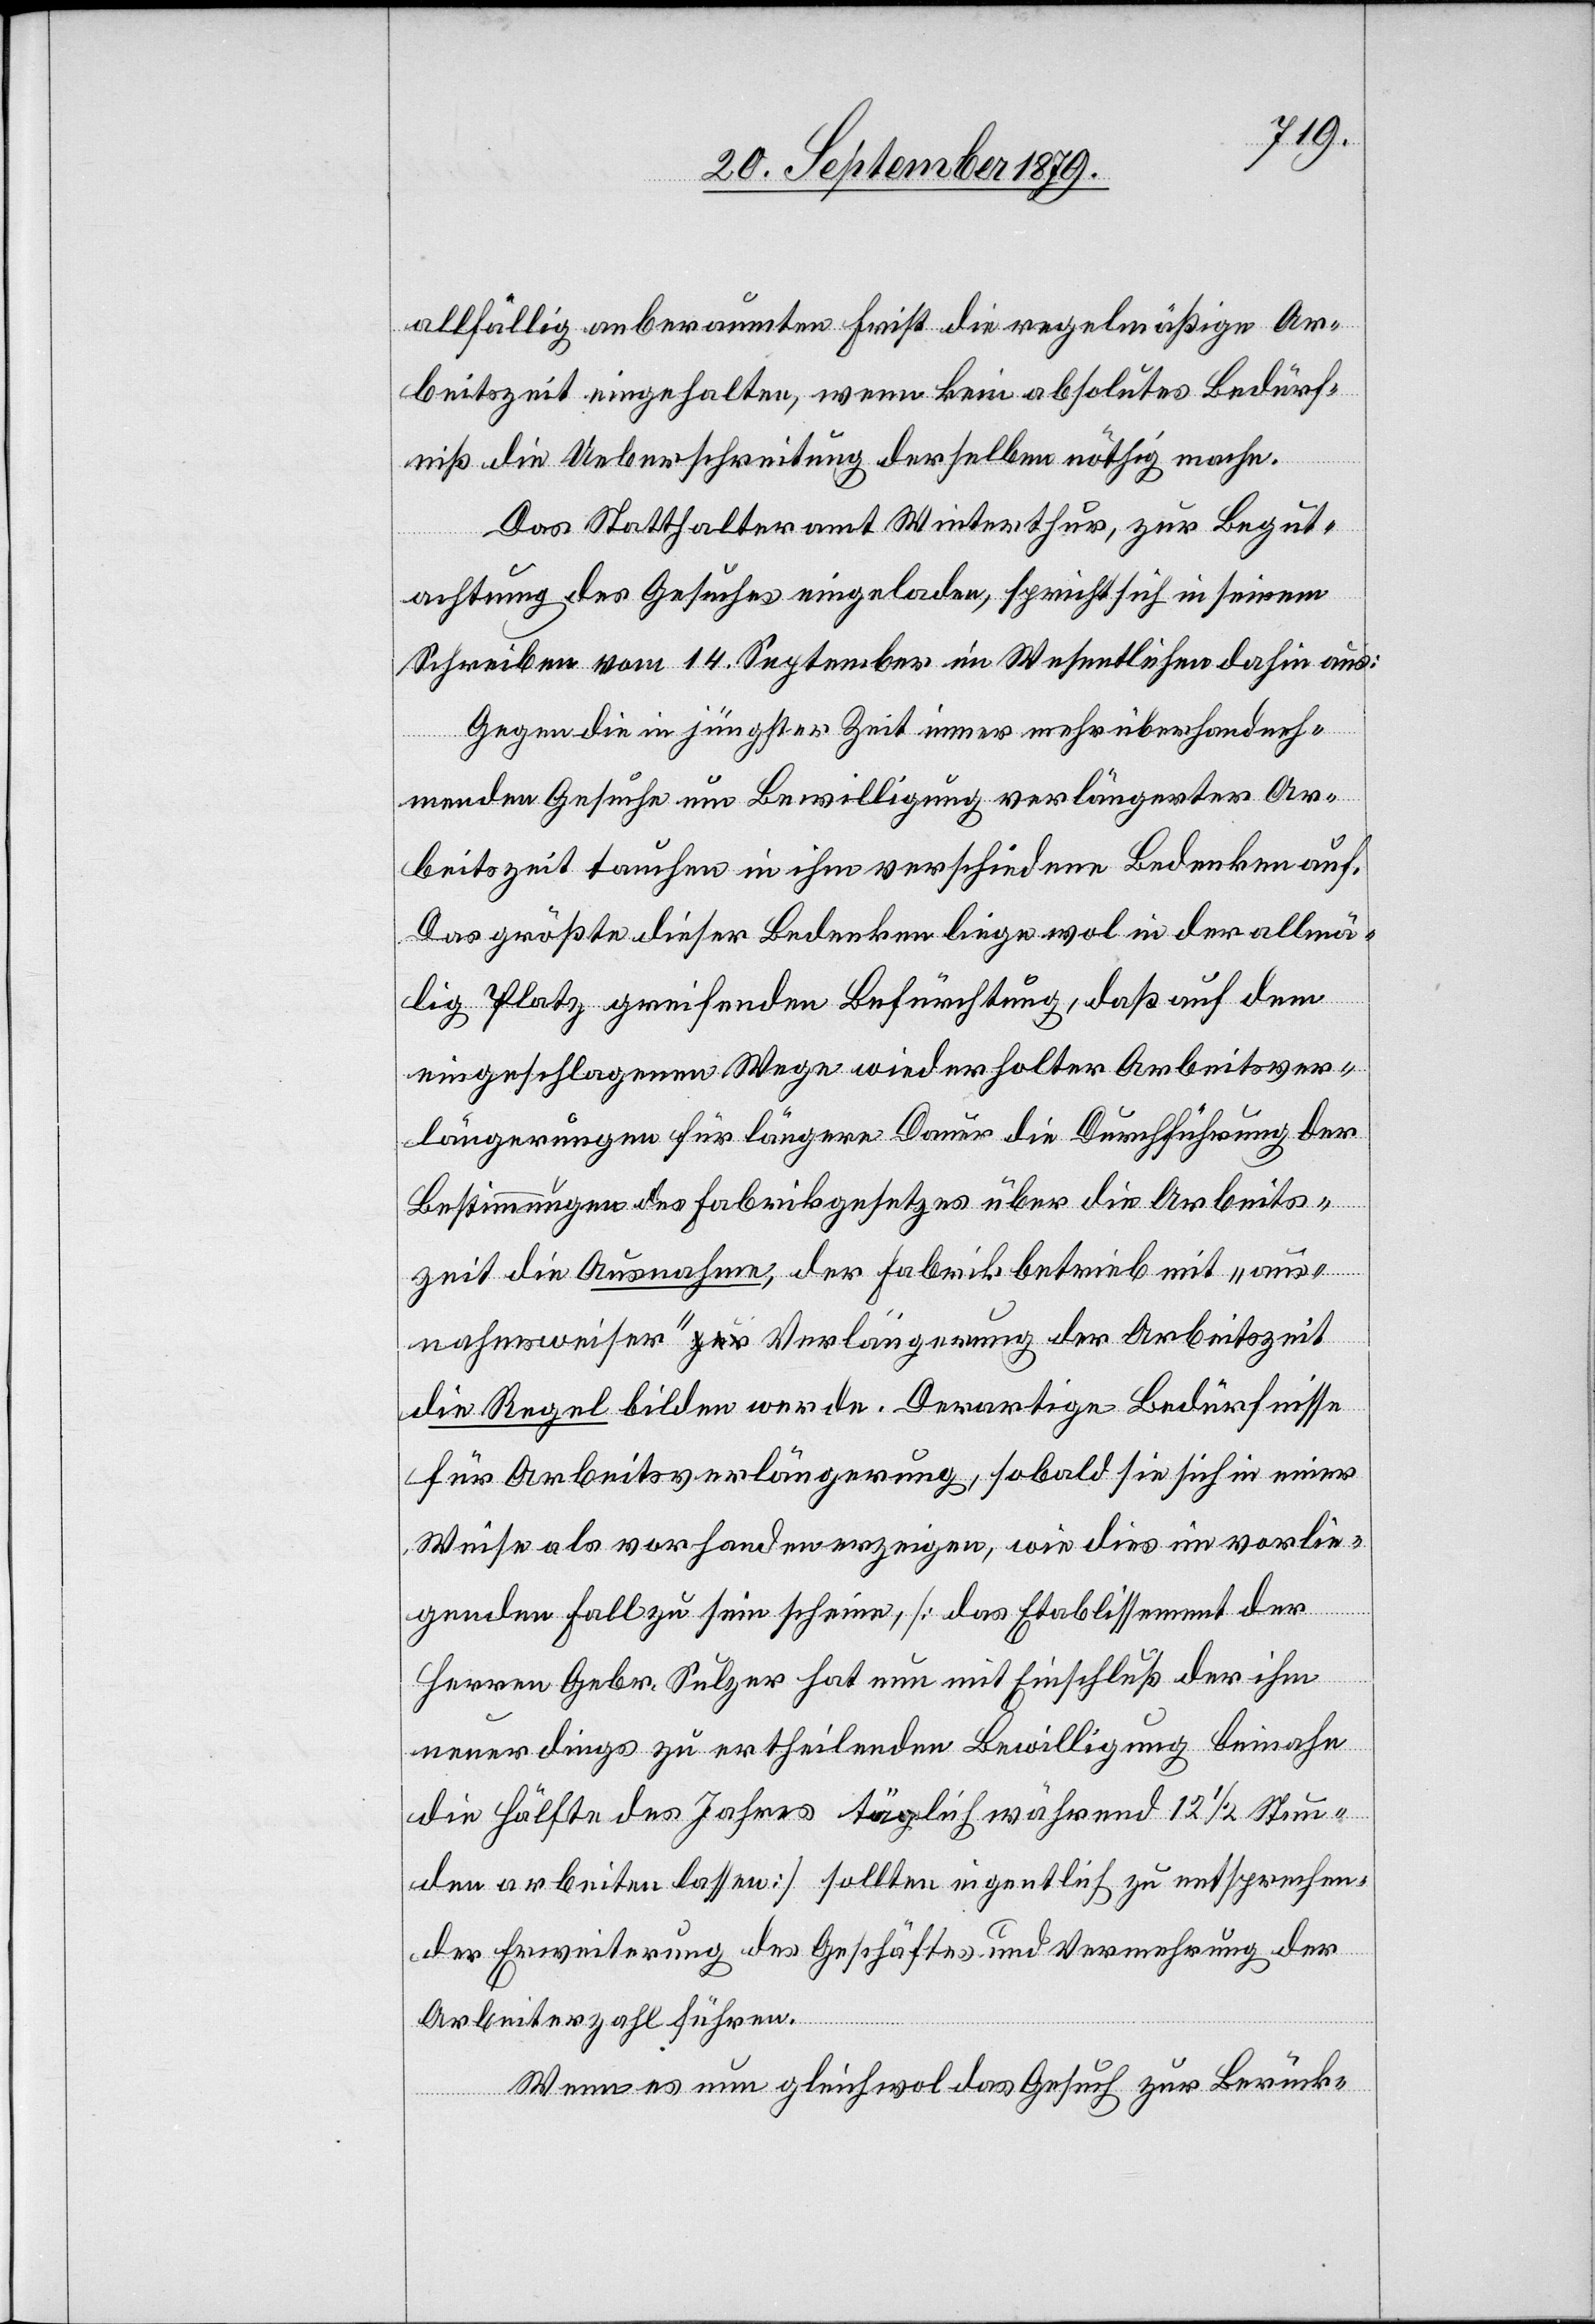
allfällig anberaumten Frist die regelmäßige Ar¬
beitszeit eingehalten, wenn kein absolutes Bedürf¬
niß die Ueberschreitung derselben nöthig mache.
Das Statthalteramt Winterthur, zur Begut¬
achtung des Gesuches eingeladen, spricht sich in seinem
Schreiben vom 14. September im Wesentlichen dahin aus:
Gegen die in jüngster Zeit immer mehr überhandneh¬
menden Gesuche um Bewilligung verlängerter Ar¬
beitszeit tauchen in ihm verschiedene Bedenken auf.
Das größte dieser Bedenken liege wol in der allmä¬
lig Platz greifenden Befürchtung, daß auf dem
eingeschlagenen Wege wiederholter Arbeitsver¬
längerungen für längere Dauer die Durchführung der
Bestimmungen des Fabrikgesetzes über die Arbeits¬
zeit die Ausnahme, der Fabrikbetrieb mit „aus¬
nahmsweiser“ Verlängerung der Arbeitszeit
die Regel bilden werde. Derartige Bedürfnisse
für Arbeitsverlängerung, sobald sie sich in einer
Weise als vorhanden erzeigen, wie dies im vorlie¬
genden Fall zu sein scheine, [das Etablissement der
Herren Gebr. Sulzer hat nun mit Einschluß der ihm
neuerdings zu ertheilenden Bewilligung beinahe
die Hälfte des Jahres täglich während 12 1/2 Stun¬
den arbeiten lassen] sollen eigentlich zu entsprechen¬
der Erweiterung des Geschäftes und Vermehrung der
Arbeiterzahl führen.
Wenn es nun gleichwol das Gesuch zur Berück-